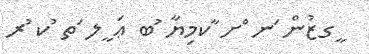
ީގޒުން ަނ ްށ ާކމިޔާ ުބ ޢަ ީލ ަތ ުކ ުރ